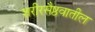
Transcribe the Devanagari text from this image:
शरीरसैष्ठवातील